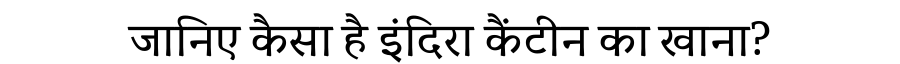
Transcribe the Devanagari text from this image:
जानिए कैसा है इंदिरा कैंटीन का खाना?